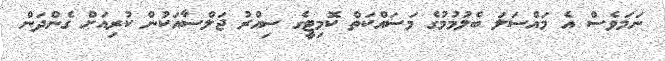
ނަމަވެސް އެ މައްސަލަ ބެލުމުމުގެ މަސައްކަތް ކޮމިޓީގެ ސިއްރު ޖަލްސާއަކުން ކުރިއަށް ގެންދަން